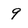
Character: 9